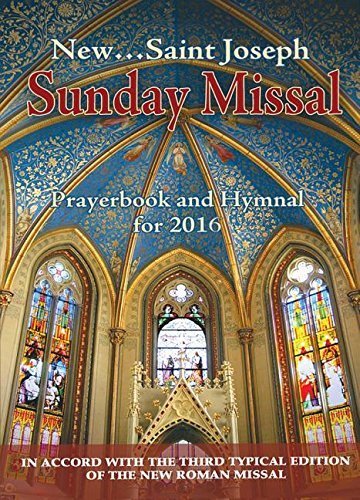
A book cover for St. Joseph Sunday Missal and Hymnal: For 2016; I C E L; Christian Books & Bibles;